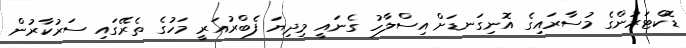
ޑޮކްޓަރުންގެ މުސާރައިގެ އޮނިގަނޑަށް އިސްލާހު ގެނައީ މިދިޔަ ފެބްރުއަރީ މަހުގެ ތެރޭގައި ސަރުކާރުން